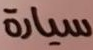
سيارة